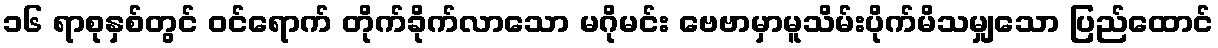
၁၆ ရာစုနှစ်တွင် ဝင်ရောက် တိုက်ခိုက်လာသော မဂိုမင်း ဗေဗာမှာမူသိမ်းပိုက်မိသမျှသော ပြည်ထောင်